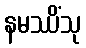
နမဿိံသု